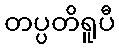
တပ္ပတိရူပီ